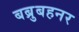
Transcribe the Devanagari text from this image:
बब्रुबहनर